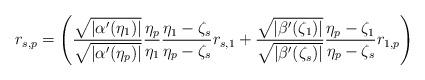
LaTeX: \begin{align*}r_{s,p}=\left(\frac{\sqrt{|\alpha'(\eta_1)|}}{\sqrt{|\alpha'(\eta_p)|}}\frac{\eta_p}{\eta_1}\frac{\eta_1-\zeta_s}{\eta_p-\zeta_s}r_{s,1}+\frac{\sqrt{|\beta'(\zeta_1)|}}{\sqrt{|\beta'(\zeta_s)|}}\frac{\eta_p-\zeta_1}{\eta_p-\zeta_s}r_{1,p}\right)\end{align*}